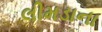
લીમડાના